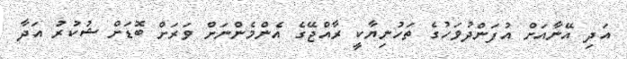
އަދި އޭނާއަށް އުފަންދުވަހުގެ ތަހުނިޔާކީ ރާއްޖޭގެ އެންމެންނަށް ވަރަށް ބޮޑަށް ޝުކުރު އަދާ